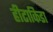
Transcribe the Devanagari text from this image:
हीटाकिडा